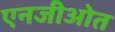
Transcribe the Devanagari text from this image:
एनजीओत